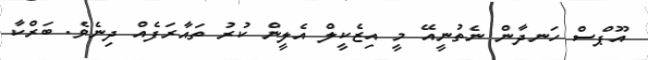
އޫޕްސް ހަނދާން ނެތުނީއޭ މީ އިޒެކީލް އެލީން ކުރު ތައާރަފެއް ދިނެވެ. ބަރްކާ